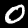
Digit: 0